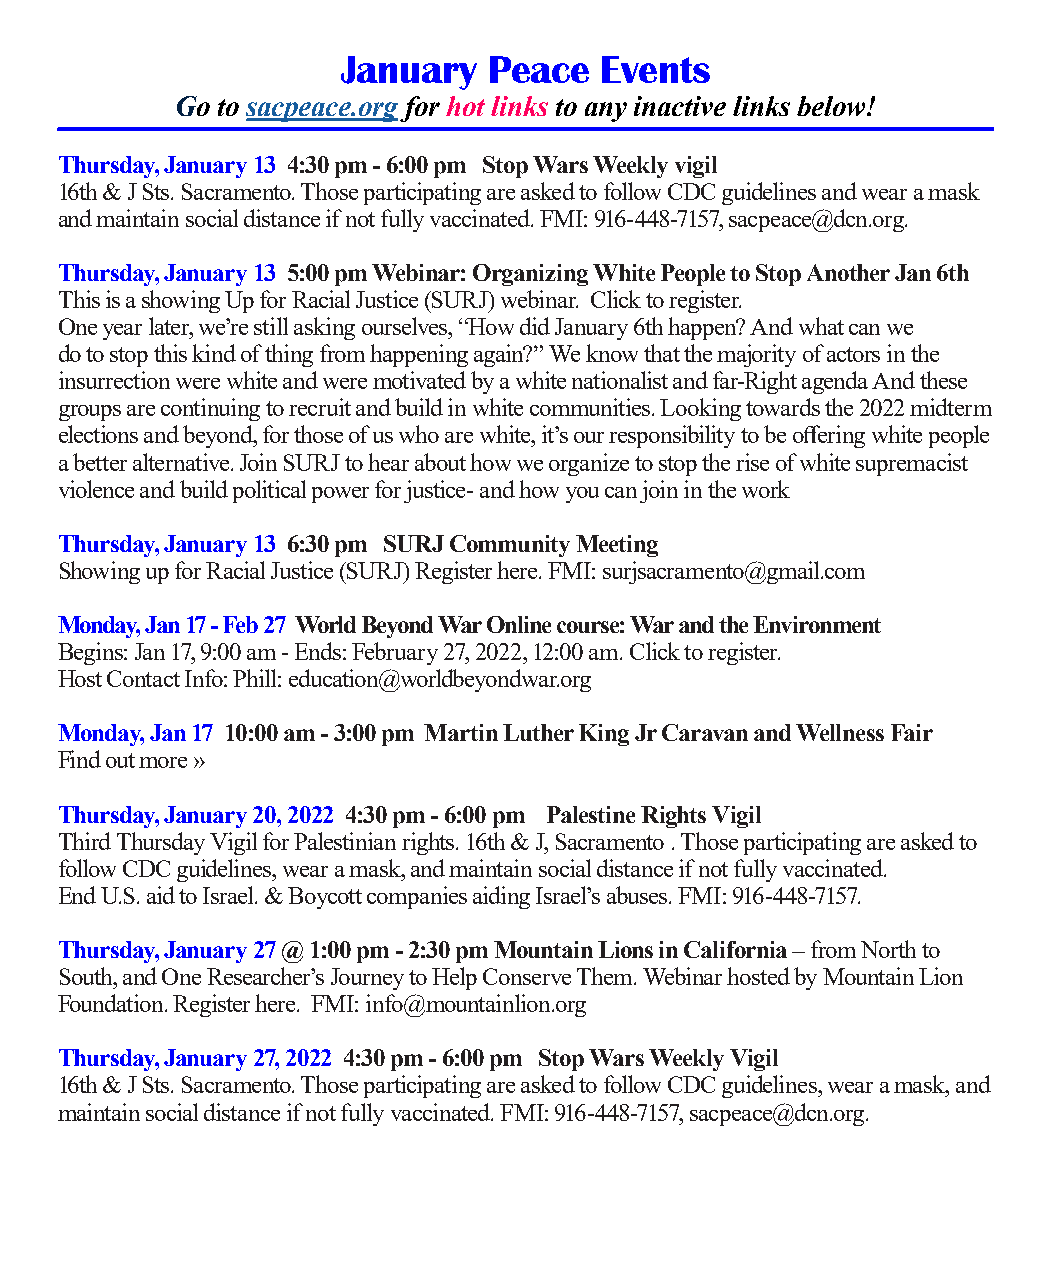
January  Peace   Events
 Go to sacpeace.org for hot links to any inactive links below!
 Thursday, January 13 4:30 pm - 6:00 pm Stop Wars Weekly vigil
 16th & J Sts. Sacramento. Those participating are asked to follow CDC guidelines and wear a mask
 and maintain social distance if not fully vaccinated. FMI: 916-448-7157, sacpeace@dcn.org.
 Thursday, January 13 5:00 pm Webinar: Organizing White People to Stop Another Jan 6th
 This is a showing Up for Racial Justice (SURJ) webinar. Click to register.
 One year later, we’re still asking ourselves, “How did January 6th happen? And what can we
 do to stop this kind of thing from happening again?” We know that the majority of actors in the
 insurrection were white and were motivated by a white nationalist and far-Right agenda And these
 groups are continuing to recruit and build in white communities. Looking towards the 2022 midterm
 elections and beyond, for those of us who are white, it’s our responsibility to be offering white people
 a better alternative. Join SURJ to hear about how we organize to stop the rise of white supremacist
 violence and build political power for justice- and how you can join in the work
 Thursday, January 13 6:30 pm SURJ Community Meeting
 Showing up for Racial Justice (SURJ) Register here. FMI: surjsacramento@gmail.com
 Monday, Jan 17 - Feb 27 World Beyond War Online course: War and the Environment
 Begins: Jan 17, 9:00 am - Ends: February 27, 2022, 12:00 am. Click to register.
 Host Contact Info: Phill: education@worldbeyondwar.org
 Monday, Jan 17 10:00 am - 3:00 pm Martin Luther King Jr Caravan and Wellness Fair
 Find out more »
 Thursday, January 20, 2022 4:30 pm - 6:00 pm Palestine Rights Vigil
 Third Thursday Vigil for Palestinian rights. 16th & J, Sacramento . Those participating are asked to
 follow CDC guidelines, wear a mask, and maintain social distance if not fully vaccinated.
 End U.S. aid to Israel. & Boycott companies aiding Israel’s abuses. FMI: 916-448-7157.
 Thursday, January 27 @ 1:00 pm - 2:30 pm Mountain Lions in California – from North to
 South, and One Researcher’s Journey to Help Conserve Them. Webinar hosted by Mountain Lion
 Foundation. Register here. FMI: info@mountainlion.org
 Thursday, January 27, 2022 4:30 pm - 6:00 pm Stop Wars Weekly Vigil
 16th & J Sts. Sacramento. Those participating are asked to follow CDC guidelines, wear a mask, and
 maintain social distance if not fully vaccinated. FMI: 916-448-7157, sacpeace@dcn.org.